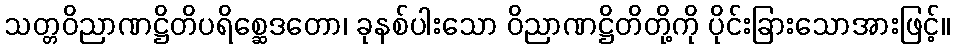
သတ္တဝိညာဏဋ္ဌိတိပရိစ္ဆေဒတော၊ ခုနစ်ပါးသော ဝိညာဏဋ္ဌိတိတို့ကို ပိုင်းခြားသောအားဖြင့်။